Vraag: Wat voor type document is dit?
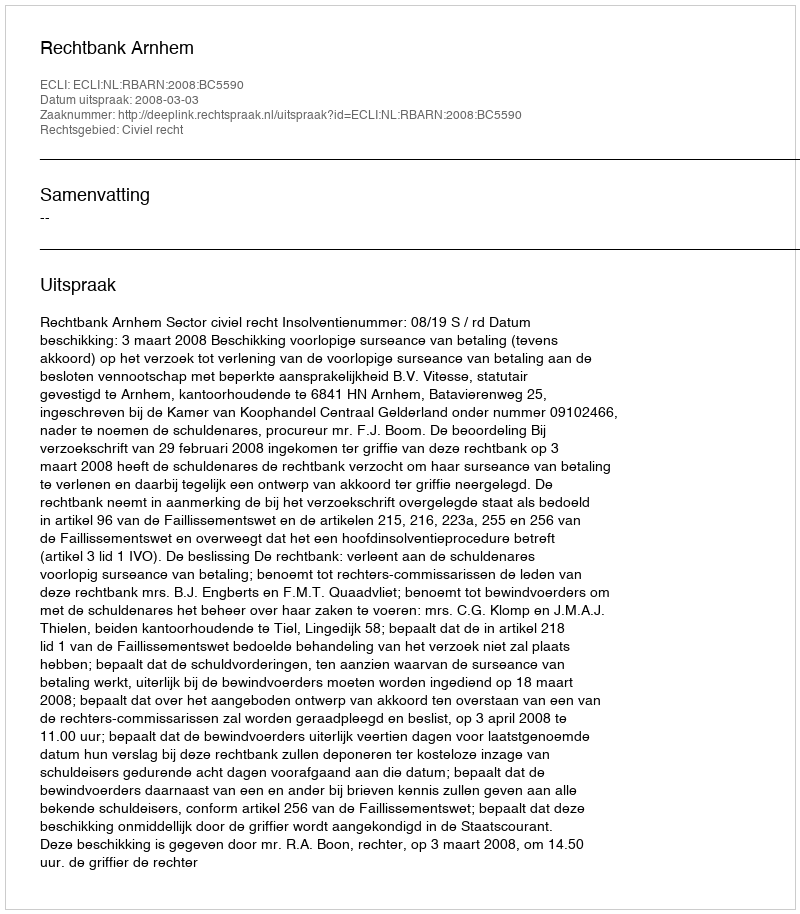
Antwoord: Uitspraak